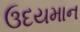
ઉદયમાન